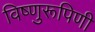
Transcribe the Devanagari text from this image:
विष्णुरूपिणी